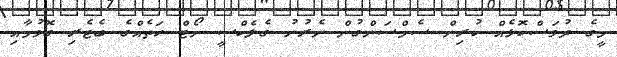
މީގެ ދުވަސްކޮޅެއް ކުރިން ސެމްސަންގުން ނެރުނު ގެލެކްސީ ނޯޓް ހަތެއްގެ ބެޓެރި ގޮވުމާއި